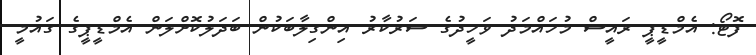
ފޮޓޯ: އެމްޑީޕީ ރައީސް މުހައްމަދު ވަހީދުގެ ސަރުކާރު އިންގިލާބަކުން ބަދަލުކޮށްލަން އެމްޑީޕީގެ ގައުމީ